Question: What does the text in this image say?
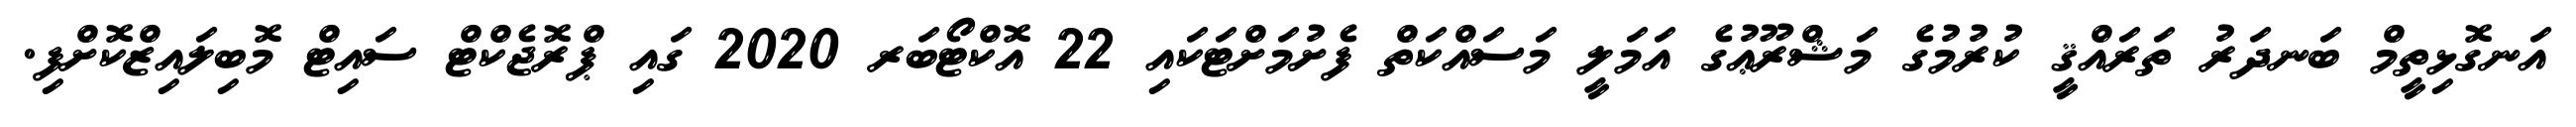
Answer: އަނގޮޅިތީމް ބަނދަރު ތަރައްޤީ ކުރުމުގެ މަޝްރޫޢުގެ އަމަލީ މަސައްކަތް ފެށުމަށްޓަކައި 22 އޮކްޓޯބަރ 2020 ގައި ޕްރޮޖެކްޓް ސައިޓް މޮބިލައިޒްކޮށްފި.